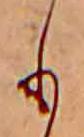
も